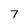
Character: 7